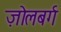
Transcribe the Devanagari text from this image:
ज़ोलबर्ग